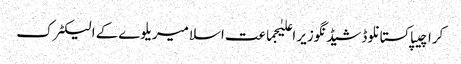
کراچیپاکستانلوڈشیڈنگوزیر اعلیٰجماعت اسلامیریلوےکے الیکٹرک